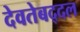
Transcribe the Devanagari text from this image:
देवतेबद्दल